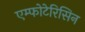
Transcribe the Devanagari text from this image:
एम्फोटेरिसिन